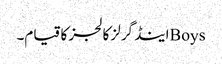
Boysاینڈ گرلز کالجز کا قیام۔